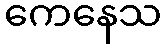
ကေနေသ